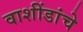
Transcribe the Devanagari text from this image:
वाशींडांचे